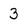
Character: 3